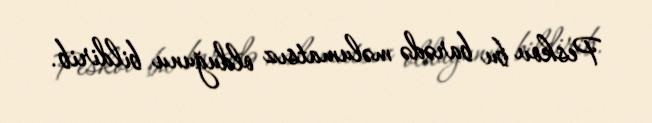
Peskov bu barədə məlumatsız olduğunu bildirib.